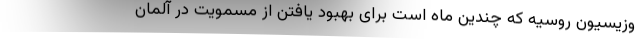
وزیسیون روسیه که چندین ماه است برای بهبود یافتن از مسمویت در آلمان